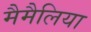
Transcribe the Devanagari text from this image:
मैमैलिया